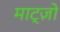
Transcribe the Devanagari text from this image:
माट्ज़ो